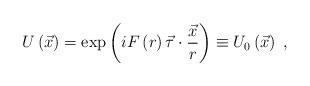
LaTeX: \begin{align*}U\left( \vec{x}\right) =\exp\left( iF\left( r\right) \vec{\tau}\cdot\frac{\vec{x}}{r}\right) \equiv U_{0}\left( \vec{x}\right) \;,\end{align*}